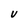
Character: U